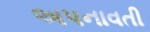
અપનાવતી